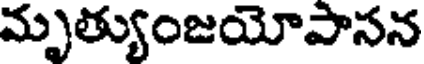
మృత్యుంజయోపాసన